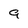
Character: 9